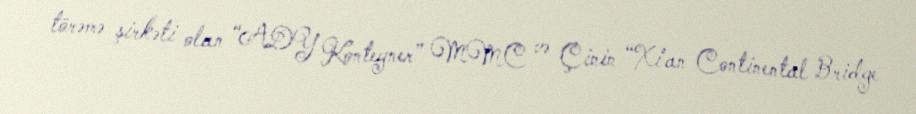
törəmə şirkəti olan “ADY Konteyner” MMC və Çinin “Xi’an Continental Bridge